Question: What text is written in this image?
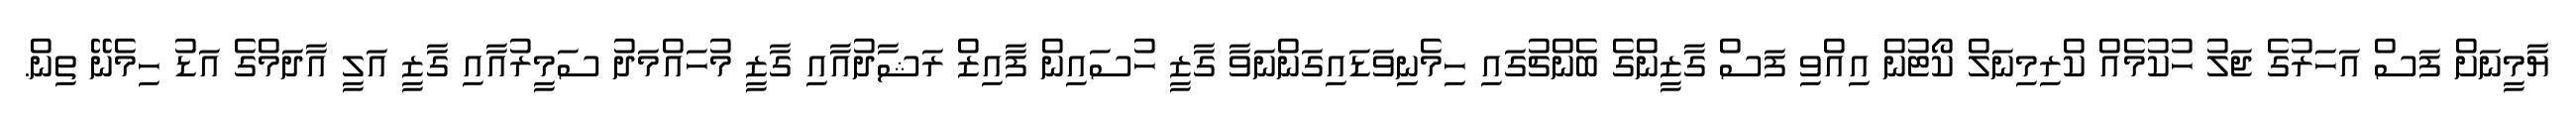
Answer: ޔާމީނަށް ފަސް އަހަރުގެ ޖަލު ހުކުމެއް ކްރިމިނަލް ކޯޓުން އިއްވި ފަސް ގާޒީންގެ ބެންޗުގައި ހިމެނިވަޑައިގަންނަވާ ގާޒީ ހުސައިން ފާއިޒް ރަޝާދުއާއި ގާޒީ މުހައްމަދު ސަމީރުއާއި ގާޒީ އަލީ އާދަމްގެ އަޑު ހިމެނޭ ތިން.